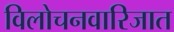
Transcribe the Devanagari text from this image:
विलोचनवारिजात